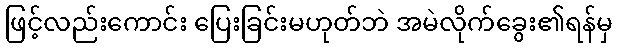
ဖြင့်လည်းကောင်း ပြေးခြင်းမဟုတ်ဘဲ အမဲလိုက်ခွေး၏ရန်မှ